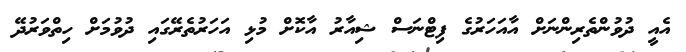
އެއީ ދުވުންތެރިންނަށް އާއަހަރުގެ ފިޓްނަސް ޝިއާރު އާކޮށް މުޅި އަހަރުތެރޭގައި ދުވުމަށް ހިތްވަރުދޭ